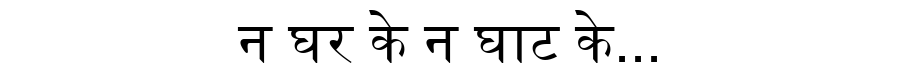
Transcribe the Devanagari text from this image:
न घर के न घाट के...